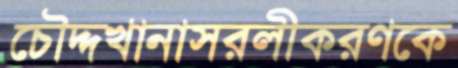
চৌদ্দখানাসরলীকরণকে